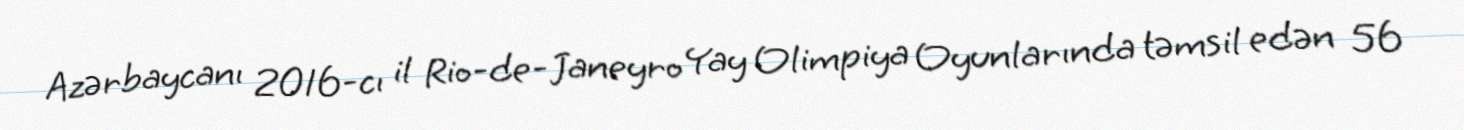
Azərbaycanı 2016-cı il Rio-de-Janeyro Yay Olimpiya Oyunlarında təmsil edən 56